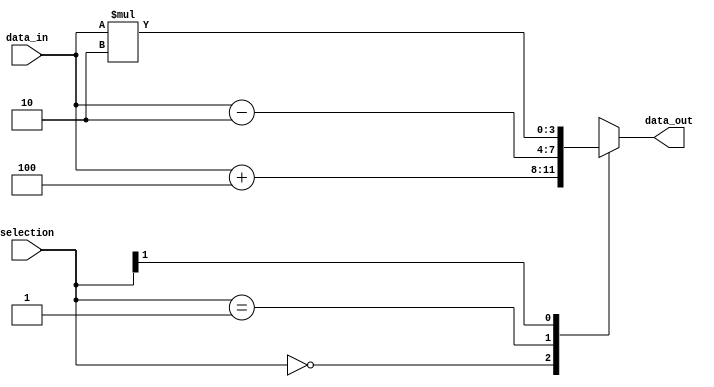
module multiway_conditional_statement (
    input [1:0] selection,
    input [3:0] data_in,
    output reg [3:0] data_out
);

always @(*)
begin
    casez(selection)
        2'b00: data_out = data_in + 4;
        2'b01: data_out = data_in - 2;
        2'b1?: data_out = data_in * 2;
    endcase
end

endmodule